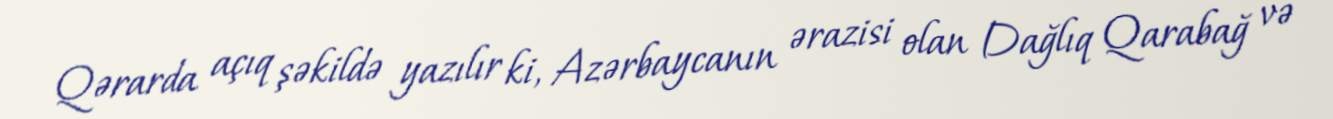
Qərarda açıq şəkildə yazılır ki, Azərbaycanın ərazisi olan Dağlıq Qarabağ və